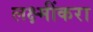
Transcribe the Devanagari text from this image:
लक्ष्मींकरा